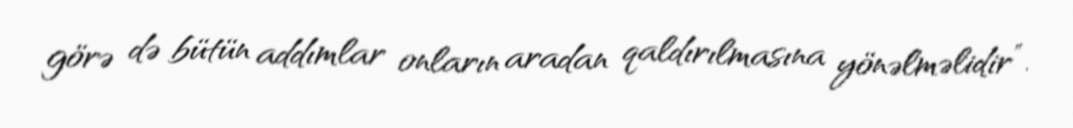
görə də bütün addımlar onların aradan qaldırılmasına yönəlməlidir”.